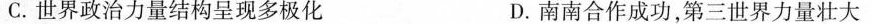
C. 世界政治力量结构呈现多极化 D. 南南合作成功，第三世界力量壮大